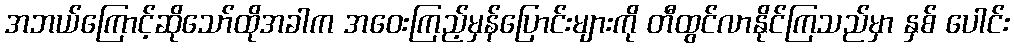
အဘယ်ကြောင့်ဆိုသော်ထိုအခါက အဝေးကြည့်မှန်ပြောင်းများကို တီထွင်လာနိုင်ကြသည်မှာ နှစ် ပေါင်း